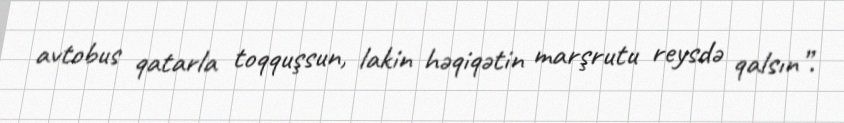
avtobus qatarla toqquşsun, lakin həqiqətin marşrutu reysdə qalsın”.